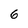
Character: 6